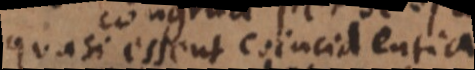
quasi essent coincidentia